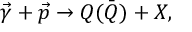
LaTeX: \vec { \gamma } + \vec { p } \rightarrow Q \bar { ( Q ) } + X ,